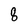
Character: 8